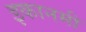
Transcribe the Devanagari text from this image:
इकानमी